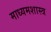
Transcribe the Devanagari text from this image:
माध्यमशास्त्र